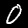
Label: 0